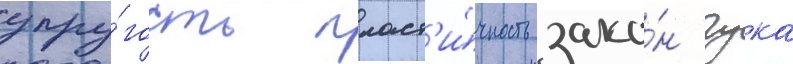
упру́гость пласт'и́чность зако́н гука